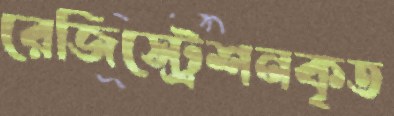
রেজিস্ট্রেশনকৃত